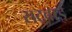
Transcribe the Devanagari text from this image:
सट्बाई